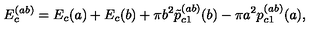
E _ { c } ^ { ( a b ) } = E _ { c } ( a ) + E _ { c } ( b ) + \pi b ^ { 2 } \tilde { p } _ { c 1 } ^ { ( a b ) } ( b ) - \pi a ^ { 2 } p _ { c 1 } ^ { ( a b ) } ( a ) ,